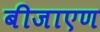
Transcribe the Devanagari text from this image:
बीजाएण